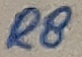
Text: R8